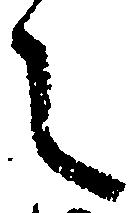
之